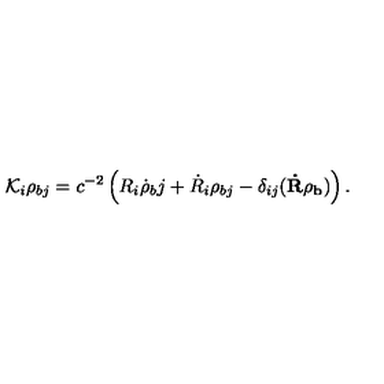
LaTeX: { \cal K } _ { i } \rho _ { b j } = c ^ { - 2 } \left( R _ { i } \dot { \rho } { _ b j } + \dot { R } _ { i } \rho _ { b j } - \delta _ { i j } ( { \bf \dot { R } { \mathrm { \boldmath \rho } } _ { b } } ) \right) .